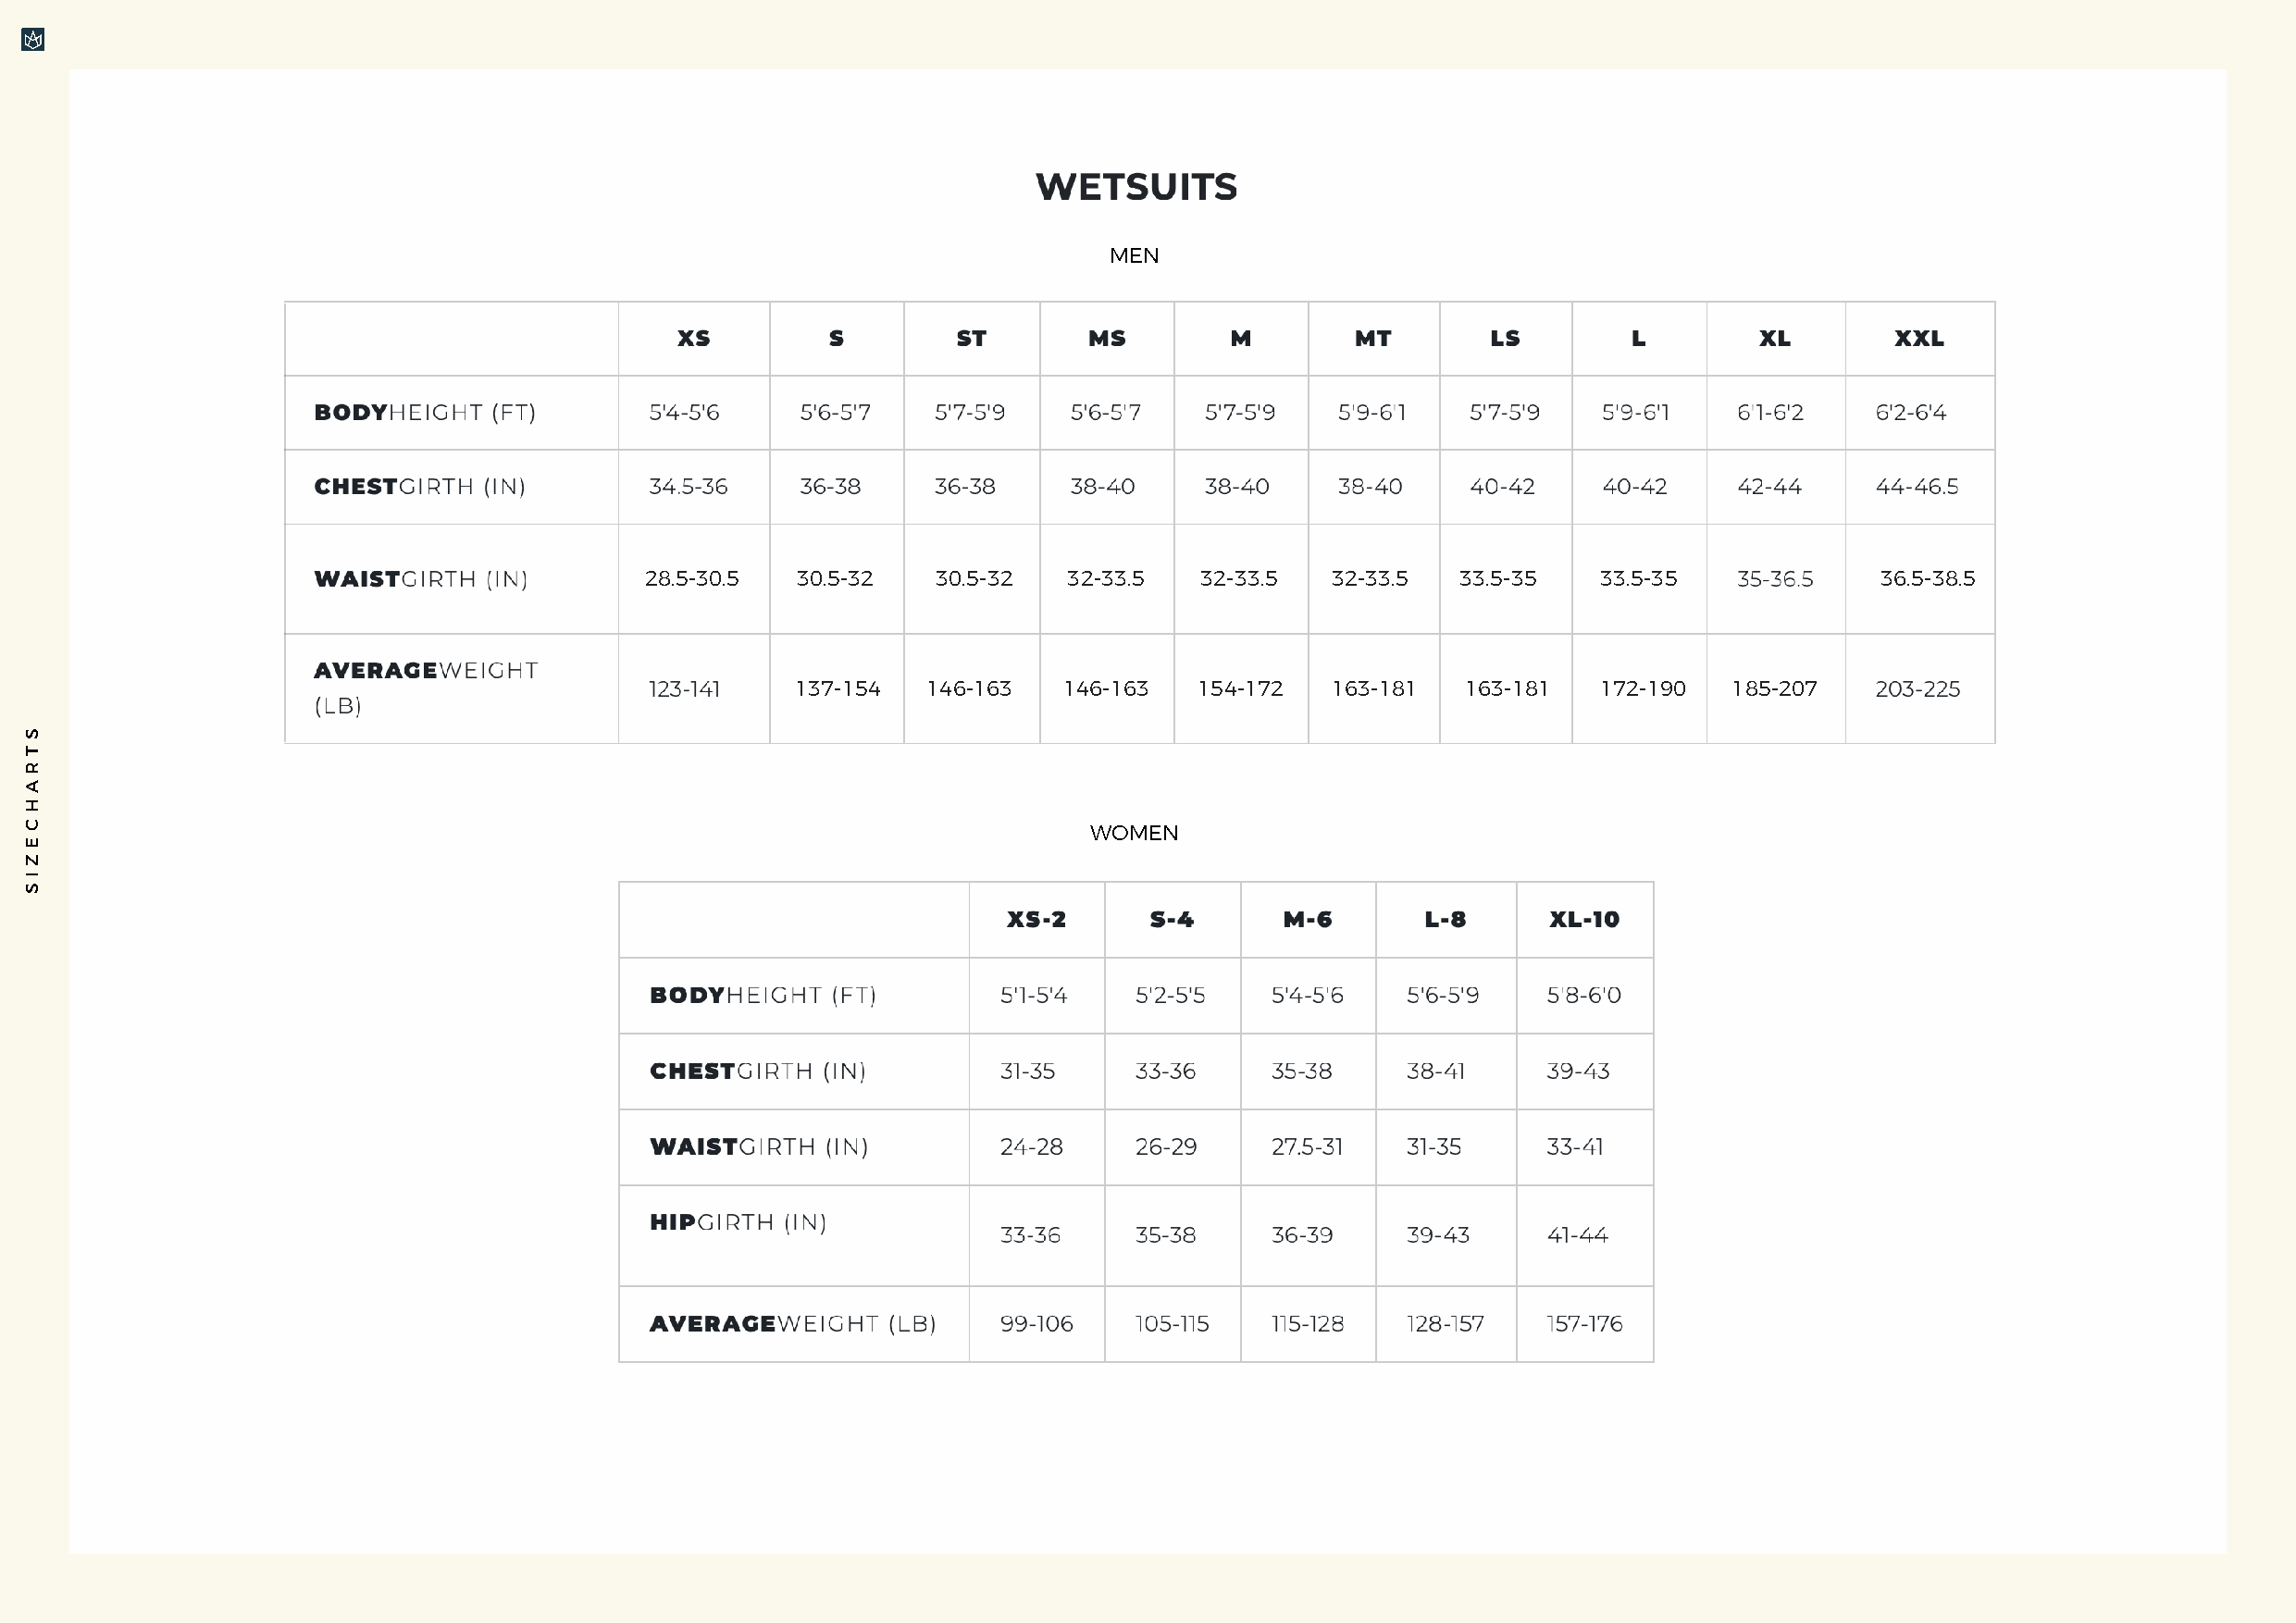
MEN
 28.5-30.5  30.5-32   30.5-32  32-33.5   32-33.5  32-33.5  33.5-35   33.5-35              36.5-38.5
 137-154  146-163   146-163   154-172  163-181   163-181  172-190   185-207
 WOMEN
 S
 T
 R
 A
 H
 C
 E
 Z
 I
 S